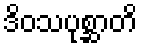
ဒိဝသပုစ္ဆာတိ